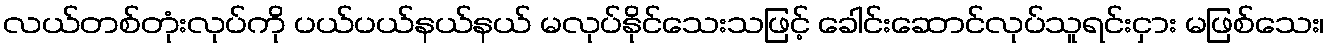
လယ်တစ်တုံးလုပ်ကို ပယ်ပယ်နယ်နယ် မလုပ်နိုင်သေးသဖြင့် ခေါင်းဆောင်လုပ်သူရင်းငှား မဖြစ်သေး၊